Punjab Mental Hospital Lahore 1932-46 - 1932-1946
Year: 1932
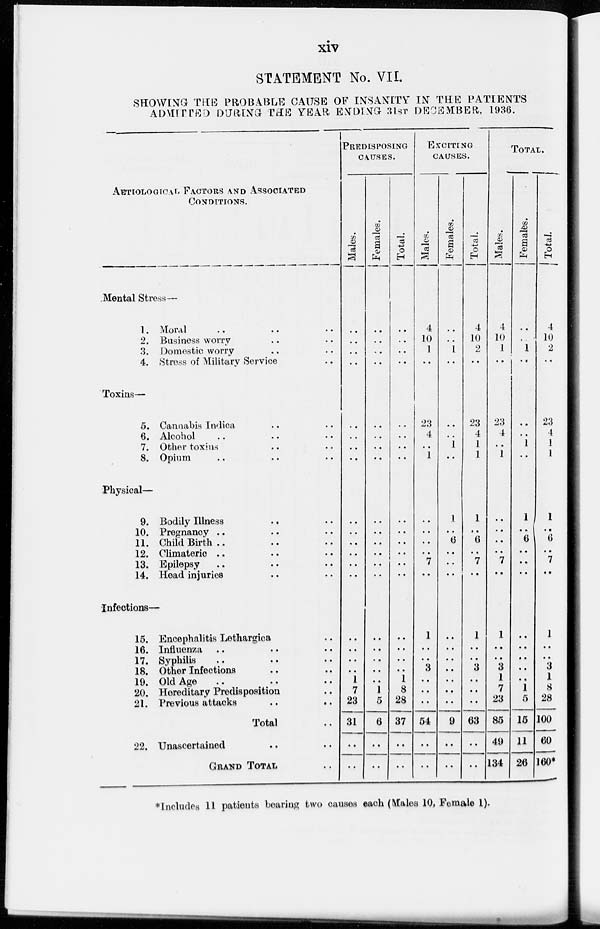
xiv
STATEMENT No. VII.
SHOWING THE PROBABLE CAUSE OF INSANITY IN THE PATIENTS
ADMITTED DURING- THE YEAR ENDING- 31ST DECEMBER, 1936.
AETIOLOGICAL FACTORS AND ASSOCIATED
CONDITIONS.
Mental Stress—
1.
2.
3.
4.
Moral .. .. ..
Business worry .. ..
Domestic worry .. ..
Stress of Military Service ..
Toxins—
5.
6.
7.
8.
Cannabis Indica .. ..
Alcohol .. .. ..
Other toxins .. ..
Opium .. .. ..
Physical—
9.
10.
11.
12.
13.
14.
Bodily Illness .. ..
Pregnancy .. .. ..
Child Birth .. .. ..
Climateric .. .. ..
Epilepsy .. .. ..
Head injuries .. ..
Infections—
15.
16.
17.
18.
19.
20.
21.
Encephalitis Lethargica ..
Influenza .. .. ..
Syphilis .. .. ..
Other Infections .. ..
Old Age .. .. ..
Hereditary Predisposition ..
Previous attacks .. ..
Total ..
22. Unascertained .. ..
GRAND TOTAL ..
PREDISPOSING
CAUSES.
Males.
..
..
..
..
..
..
..
..
..
..
..
..
..
..
..
..
..
..
1
7
23
31
..
..
Females.
..
..
..
..
..
..
..
..
..
..
..
..
..
..
..
..
..
..
..
1
5
6
..
..
Total.
..
..
..
..
..
..
..
..
..
..
..
..
..
..
..
..
..
..
1
8
28
37
..
..
EXCITING
CAUSES.
Males.
4
10
1
..
23
4
..
1
..
..
..
..
7
..
1
..
..
..
..
..
..
54
..
.
Females.
..
..
1
..
..
..
1
..
1
..
6
..
..
..
..
..
..
..
..
..
..
9
..
..
Total.
4
10
2
..
23
4
1
1
1
..
6
..
7
..
1
..
..
3
..
..
..
63
..
..
TOTAL.
Males.
4
10
1
..
23
4
..
1
..
..
..
..
7
..
1
..
..
3
1
7
23
85
49
134
Females.
..
..
1
..
..
..
1
..
1
..
6
..
..
..
..
..
..
..
..
1
5
15
11
26
Total.
4
10
2
..
23
4
1
1
1
..
6
..
7
..
1
..
..
3
1
8
28
100
60
160*
* Includes 11 patients bearing two causes each (Males 10, Female 1).